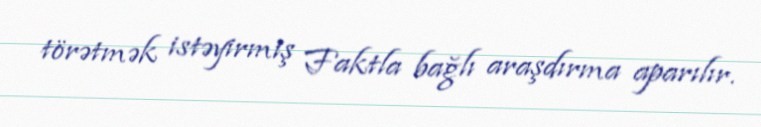
törətmək istəyirmiş Faktla bağlı araşdırma aparılır.